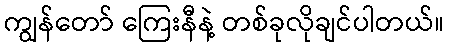
ကျွန်တော် ကြေးနီနဲ့ တစ်ခုလိုချင်ပါတယ်။